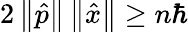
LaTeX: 2\left\| {\hat{p}}\right\| \left\| {\hat{x}}\right\| \geq n\hbar